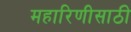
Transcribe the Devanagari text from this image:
महारिणीसाठी